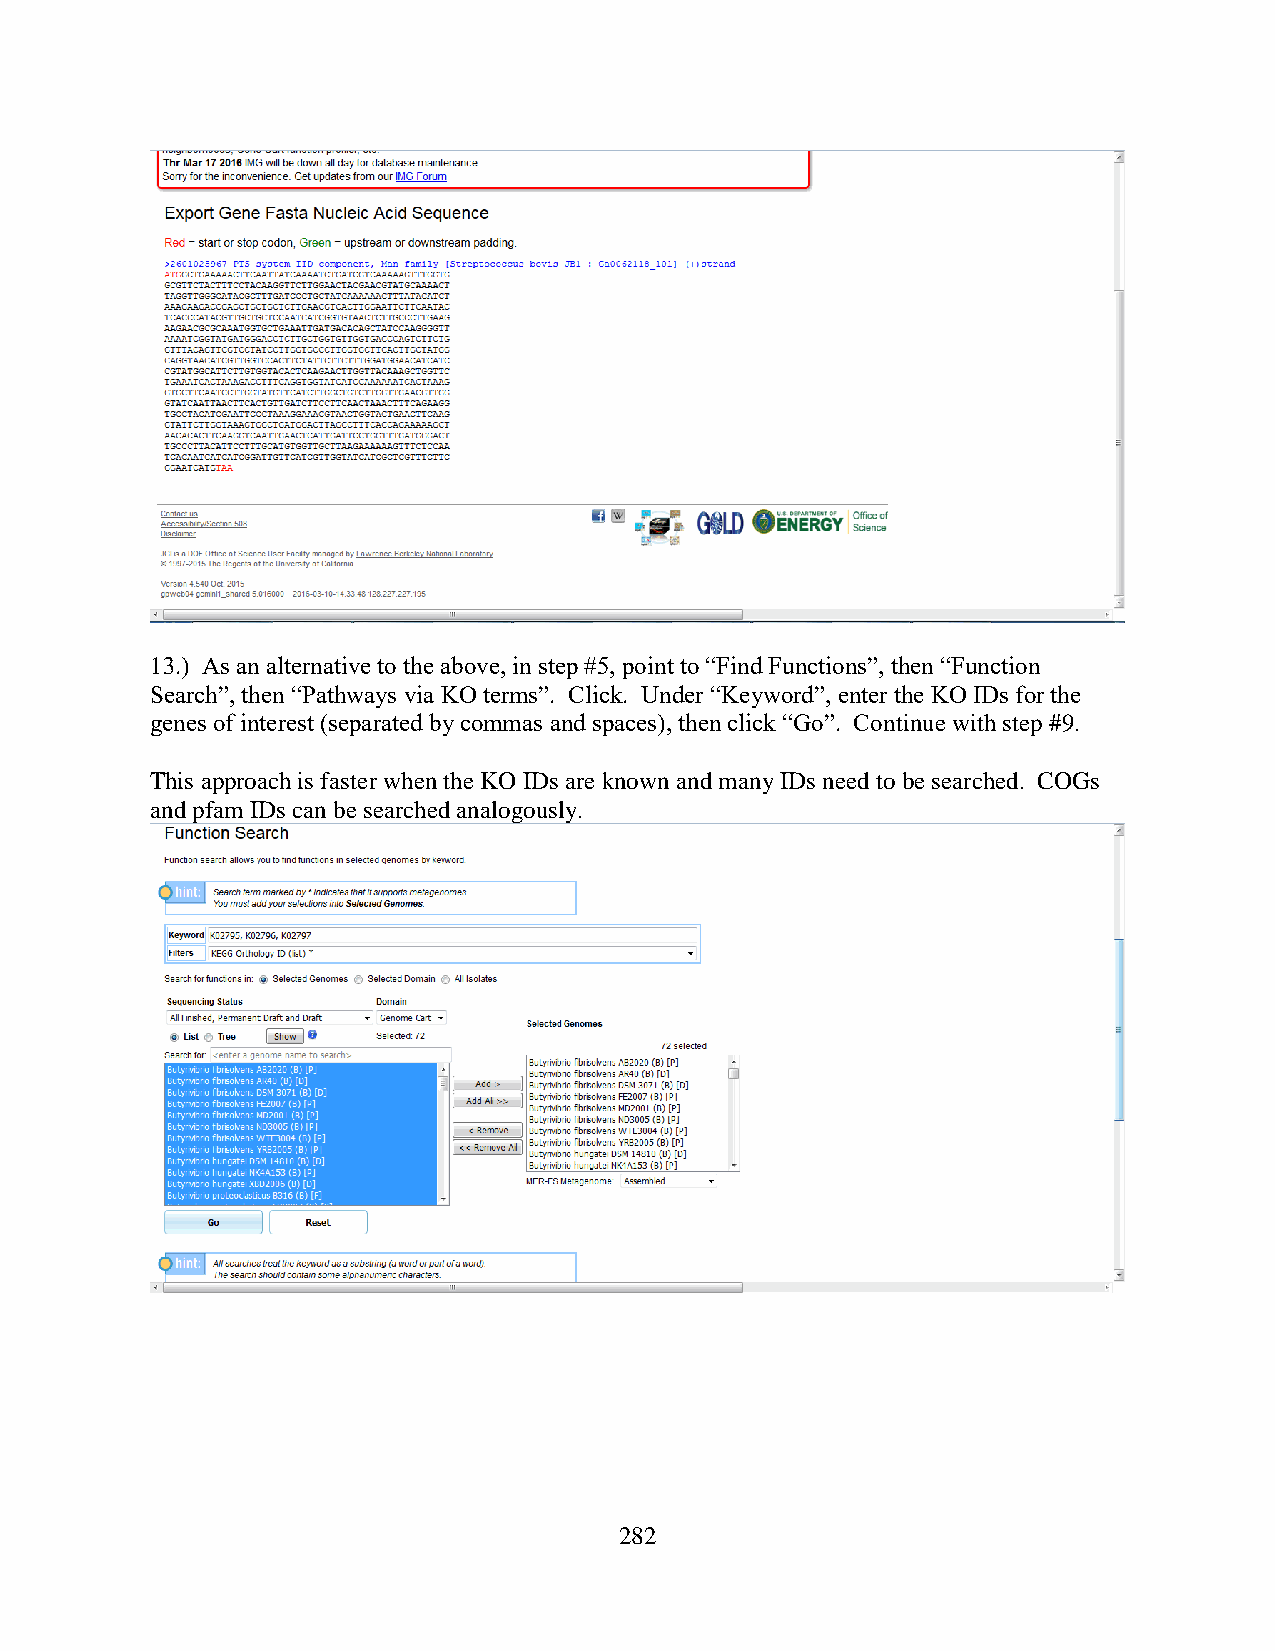
13.) As an alternative to the above, in step #5, point to “Find Functions”, then “Function
 Search”, then “Pathways via KO terms”. Click. Under “Keyword”, enter the KO IDs for the
 genes of interest (separated by commas and spaces), then click “Go”. Continue with step #9.
 This approach is faster when the KO IDs are known and many IDs need to be searched. COGs
 and pfam IDs can be searched analogously.
 282